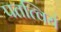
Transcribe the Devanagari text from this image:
पतत्वियं